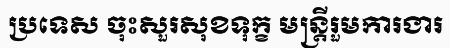
ប្រទេស ចុះសួរសុខទុក្ខ មន្ត្រីរួមការងារ